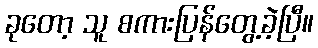
ခုတော့ သူ စကားပြန်တွေ့ခဲ့ပြီ။